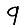
Digit: 9